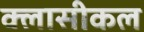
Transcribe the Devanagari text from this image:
क्लासीकल